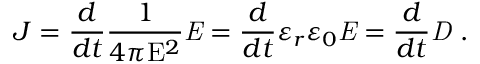
J = { \frac { d } { d t } } { \frac { 1 } { 4 \pi \mathrm { E } ^ { 2 } } } { \mathit { E } } = { \frac { d } { d t } } \varepsilon _ { r } \varepsilon _ { 0 } { \mathit { E } } = { \frac { d } { d t } } { \mathit { D } } \ .